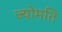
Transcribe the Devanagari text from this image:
ज्योमति